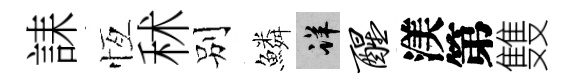
誄恆秫别鱗详醒渼第䨇